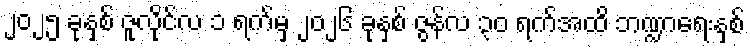
၂၀၂၅ ခုနှစ် ဇူလိုင်လ ၁ ရက်မှ ၂၀၂၆ ခုနှစ် ဇွန်လ ၃၀ ရက်အထိ ဘဏ္ဍာရေးနှစ်